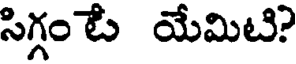
సిగ్గం టే యేమిటి?